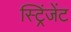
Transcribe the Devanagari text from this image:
स्ट्रिंजेंट